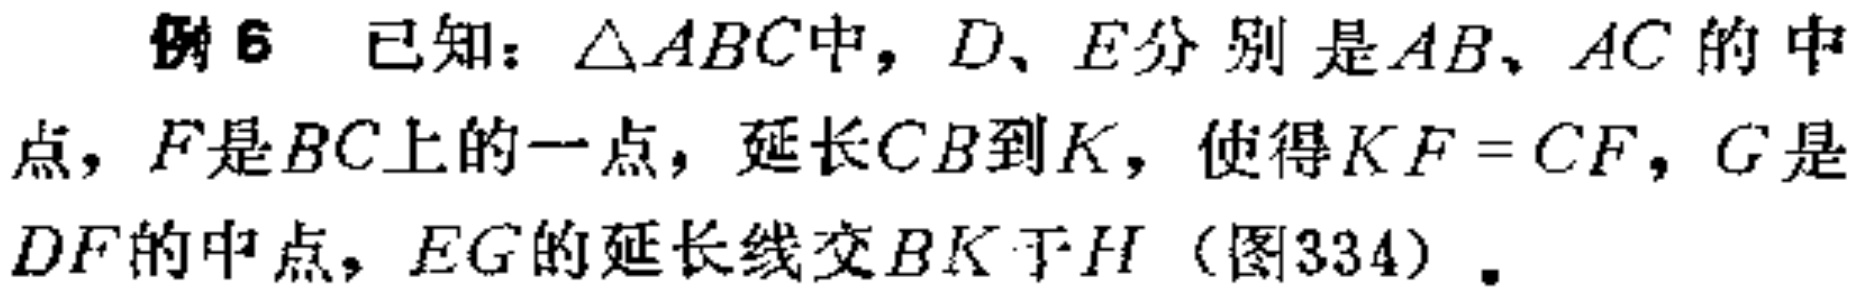
例6 已知：$\triangle ABC$中，$D、E$分别是$AB、AC$的中点，$F$是$BC$上的一点，延长$CB$到$K$，使得$KF = CF$，$G$是$DF$的中点，$EG$的延长线交$BK$于$H$（图334）.